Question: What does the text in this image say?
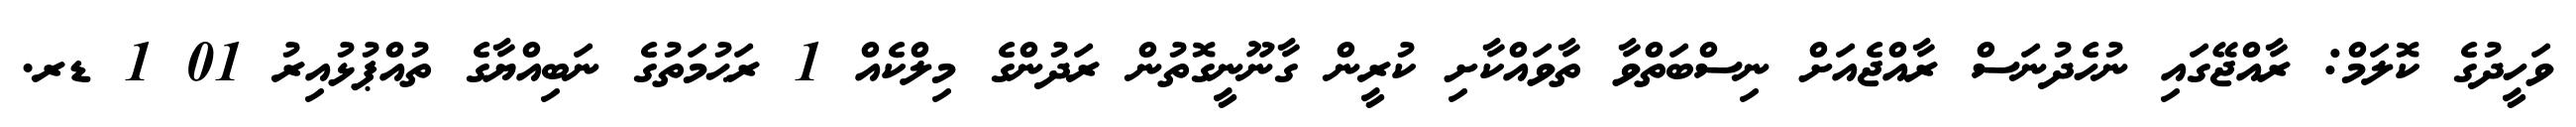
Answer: ވަހީދުގެ ކޮލަމް: ރާއްޖޭގައި ނުހެދުނަސް ރާއްޖެއަށް ނިސްބަތްވާ ތާވައްކާށި ކުރީން ގާނޫނީގޮތުން ރަދުންގެ މިލްކެއް 1 ރަޙުމަތުގެ ނަބިއްޔާގެ ތުއްޕުޅުއިރު 01 1 ޑރ.